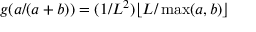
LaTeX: g ( a / ( a + b ) ) = ( 1 / L ^ { 2 } ) \lfloor L / \operatorname* { m a x } ( a , b ) \rfloor